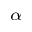
_ { \alpha }